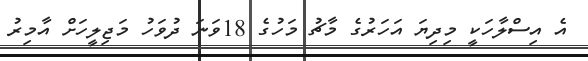
އެ އިސްލާހަކީ މިދިޔަ އަހަރުގެ މާޗު މަހުގެ 18ވަނަ ދުވަހު މަޖިލީހަށް އާމިރު